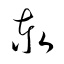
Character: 泰